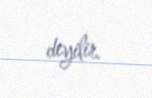
deyilir.